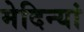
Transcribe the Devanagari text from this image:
मेदिन्यां